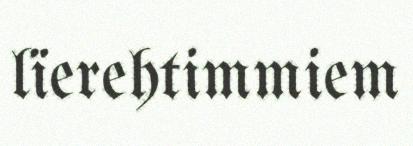
lïerehtimmiem